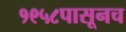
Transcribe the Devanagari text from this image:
१९५८पासूनच